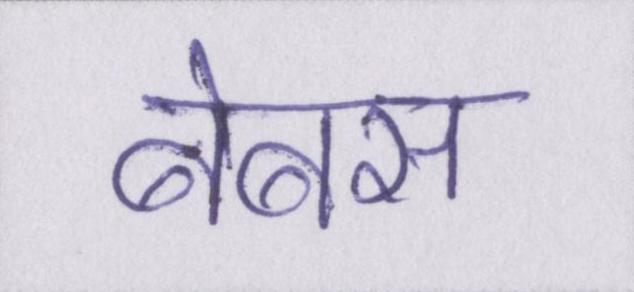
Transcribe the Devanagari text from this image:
बेबस